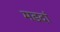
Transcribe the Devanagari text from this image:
मडदां